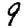
Digit: 9